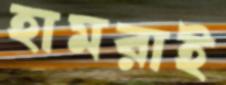
হামরাই